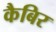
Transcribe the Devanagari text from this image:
कैबिर